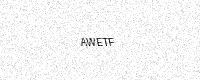
Text: AWETF